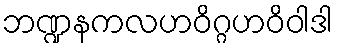
ဘဏ္ဍနကလဟဝိဂ္ဂဟဝိဝါဒါ